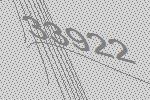
33922